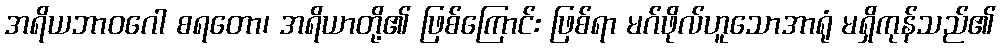
အရိယဘာဝဂေါ စရတော၊ အရိယာတို့၏ ဖြစ်ကြောင်း ဖြစ်ရာ မဂ်ဖိုလ်ဟူသောအာရုံ မရှိကုန်သည်၏